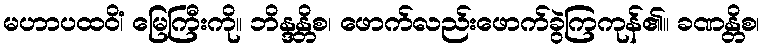
မဟာပထဝိံ၊ မြေကြီးကို။ ဘိန္ဒန္တိစ၊ ဖောက်လည်းဖောက်ခွဲကြကုန်၏။ ခဏန္တိစ၊